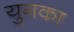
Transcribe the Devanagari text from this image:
युगका